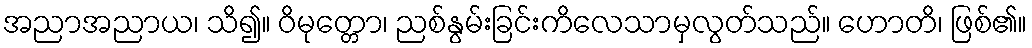
အညာအညာယ၊ သိ၍။ ဝိမုတ္တော၊ ညစ်နွမ်းခြင်းကိလေသာမှလွတ်သည်။ ဟောတိ၊ ဖြစ်၏။